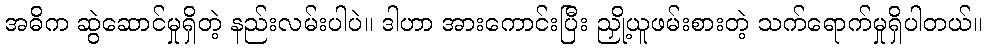
အဓိက ဆွဲဆောင်မှုရှိတဲ့ နည်းလမ်းပါပဲ။ ဒါဟာ အားကောင်းပြီး ညှို့ယူဖမ်းစားတဲ့ သက်ရောက်မှုရှိပါတယ်။